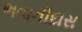
ભવાનીદાસ